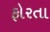
ફોરતા